画像に写った文字を読んでください
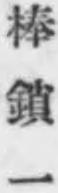
「棒鎖一」と書いてあります